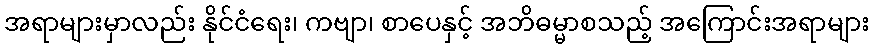
အရာများမှာလည်း နိုင်ငံရေး၊ ကဗျာ၊ စာပေနှင့် အဘိဓမ္မာစသည့် အကြောင်းအရာများ